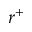
r ^ { + }